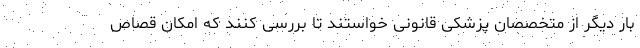
بار دیگر از متخصصان پزشکی قانونی خواستند تا بررسی کنند که امکان قصاص